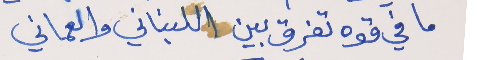
ما في قوه تفرق بين     اللبناني والعماني